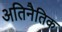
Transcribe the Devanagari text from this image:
अतिनैतिक